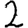
Digit: 2